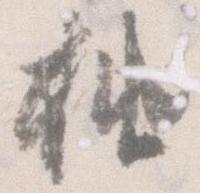
抽